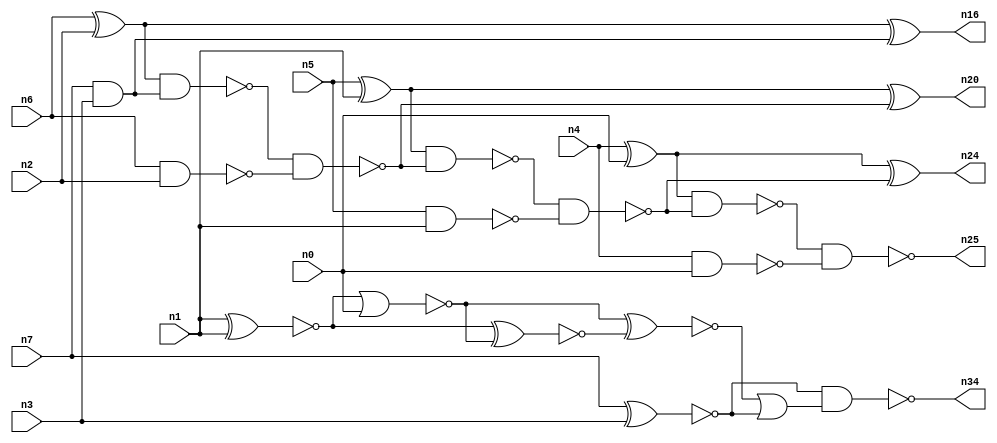
// This file contains a pareto-optimal circuit with respect to area and the fault-resilince parameter p_fault which is defined as:
// "For all input vectors, the ratio of the no. of faults observable at the POs to the no. of total possible faults in the circuit".
// This code is part of the ReCkt library (https://github.com/umar-afzaal/ReCkt) distributed under The MIT License.
// When used, please cite the following article(s):
// U. Afzaal, A.S. Hassan, M. Usman and J.A. Lee, "On the Evolutionary Synthesis of Increased Fault-resilience Arithmetic Circuits".

// p_fault = 80.9 %    (Lower is better)
// gates = 23.0
// levels = 7
// area = 32.3    (For MCNC library relative to nand2)
// power = 136.4 uW    (Berkely-SIS for MCNC library @ Vdd=5V and 20 MHz clock)
// delay = 11.1 ns    (Berkely-ABC for MCNC library)
// PDP = 1.51404e-12 J

// Pin mapping:
// {n0, n1, n2, n3} = A[3:0]
// {n4, n5, n6, n7} = B[3:0]
// {n25, n24, n20, n16, n34} = O[4:0]

module addr4u_area_27 (
n0, n1, n2, n3, n4, n5, n6, n7, 
n25, n24, n20, n16, n34
);

input n0, n1, n2, n3, n4, n5, n6, n7;
output n25, n24, n20, n16, n34;
wire n15, n8, n11, n10, n13, n12, n26, n19, n18, n21, n30, n27, n9, n23, n28, n14, n17, n22;

nand (n8, n6, n2);
xor (n9, n5, n1);
nand (n10, n4, n0);
and (n11, n7, n3);
xor (n12, n6, n2);
xor (n13, n4, n0);
xnor (n14, n7, n3);
nand (n15, n5, n1);
xor (n16, n12, n11);
xnor (n17, n1, n1);
nand (n18, n12, n11);
nand (n19, n18, n8);
xor (n20, n9, n19);
nand (n21, n9, n19);
nand (n22, n21, n15);
nand (n23, n13, n22);
xor (n24, n13, n22);
nand (n25, n23, n10);
nor (n26, n17, n0);
xnor (n27, n17, n26);
xnor (n28, n26, n27);
or (n30, n28, n14);
nand (n34, n14, n30);

endmodule